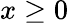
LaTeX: x\geq 0